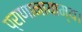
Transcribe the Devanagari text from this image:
प्राणानायाम्य।